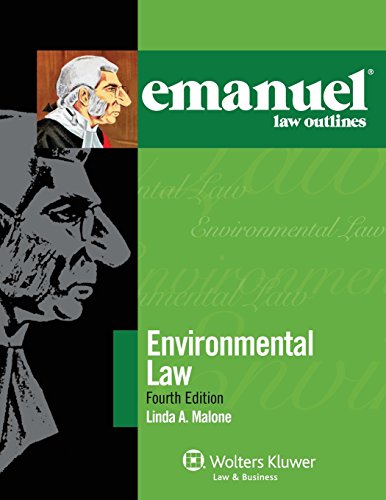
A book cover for Emanuel Law Outlines: Environmental Law, Fourth Edition; Linda A. Malone; Law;